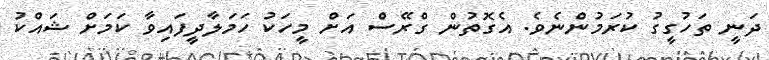
ދަނީ ތަހުގީގު ކުރަމުންނެވެ. އެގޮތުން ގްރޭސް އަށް މީހަކު ހަމަލާދީފައިވާ ކަމަށް ޝައްކު